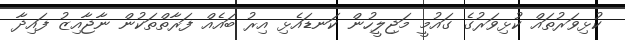
ކުޅިވަރުތައް ކުޅިވަރުގެ ގައުމީ މަޖިލީހުން ކަނޑައެޅި އިރު ބައެއް ފަރާތްތަކުން ނާޖާއިޒު ފައިދާ